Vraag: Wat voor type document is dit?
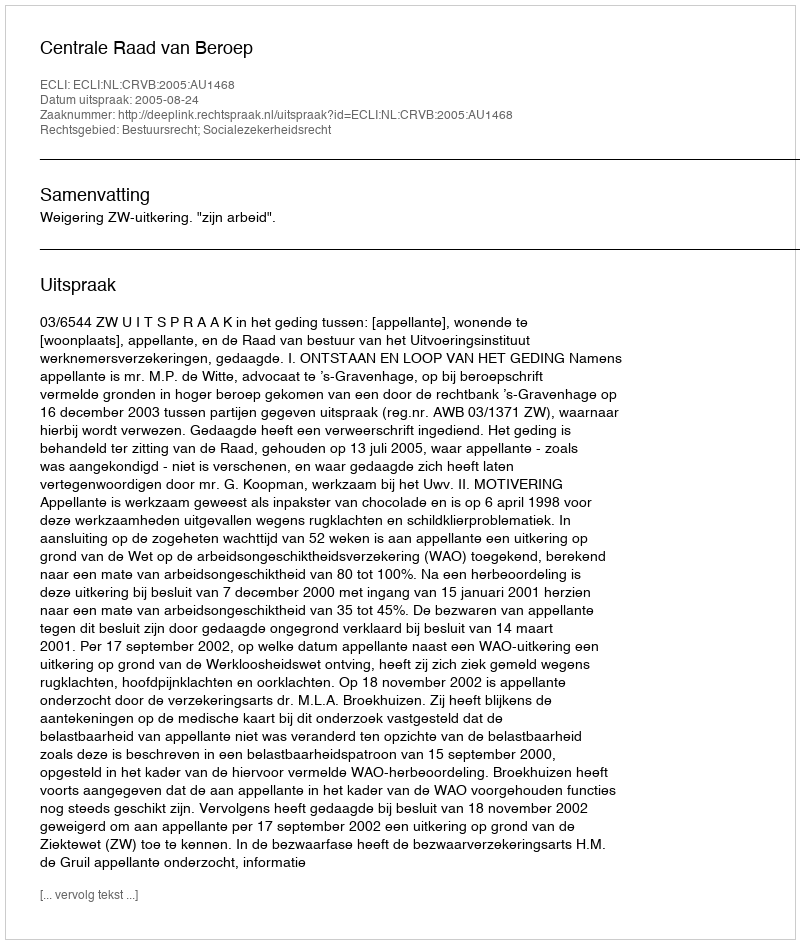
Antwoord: Uitspraak